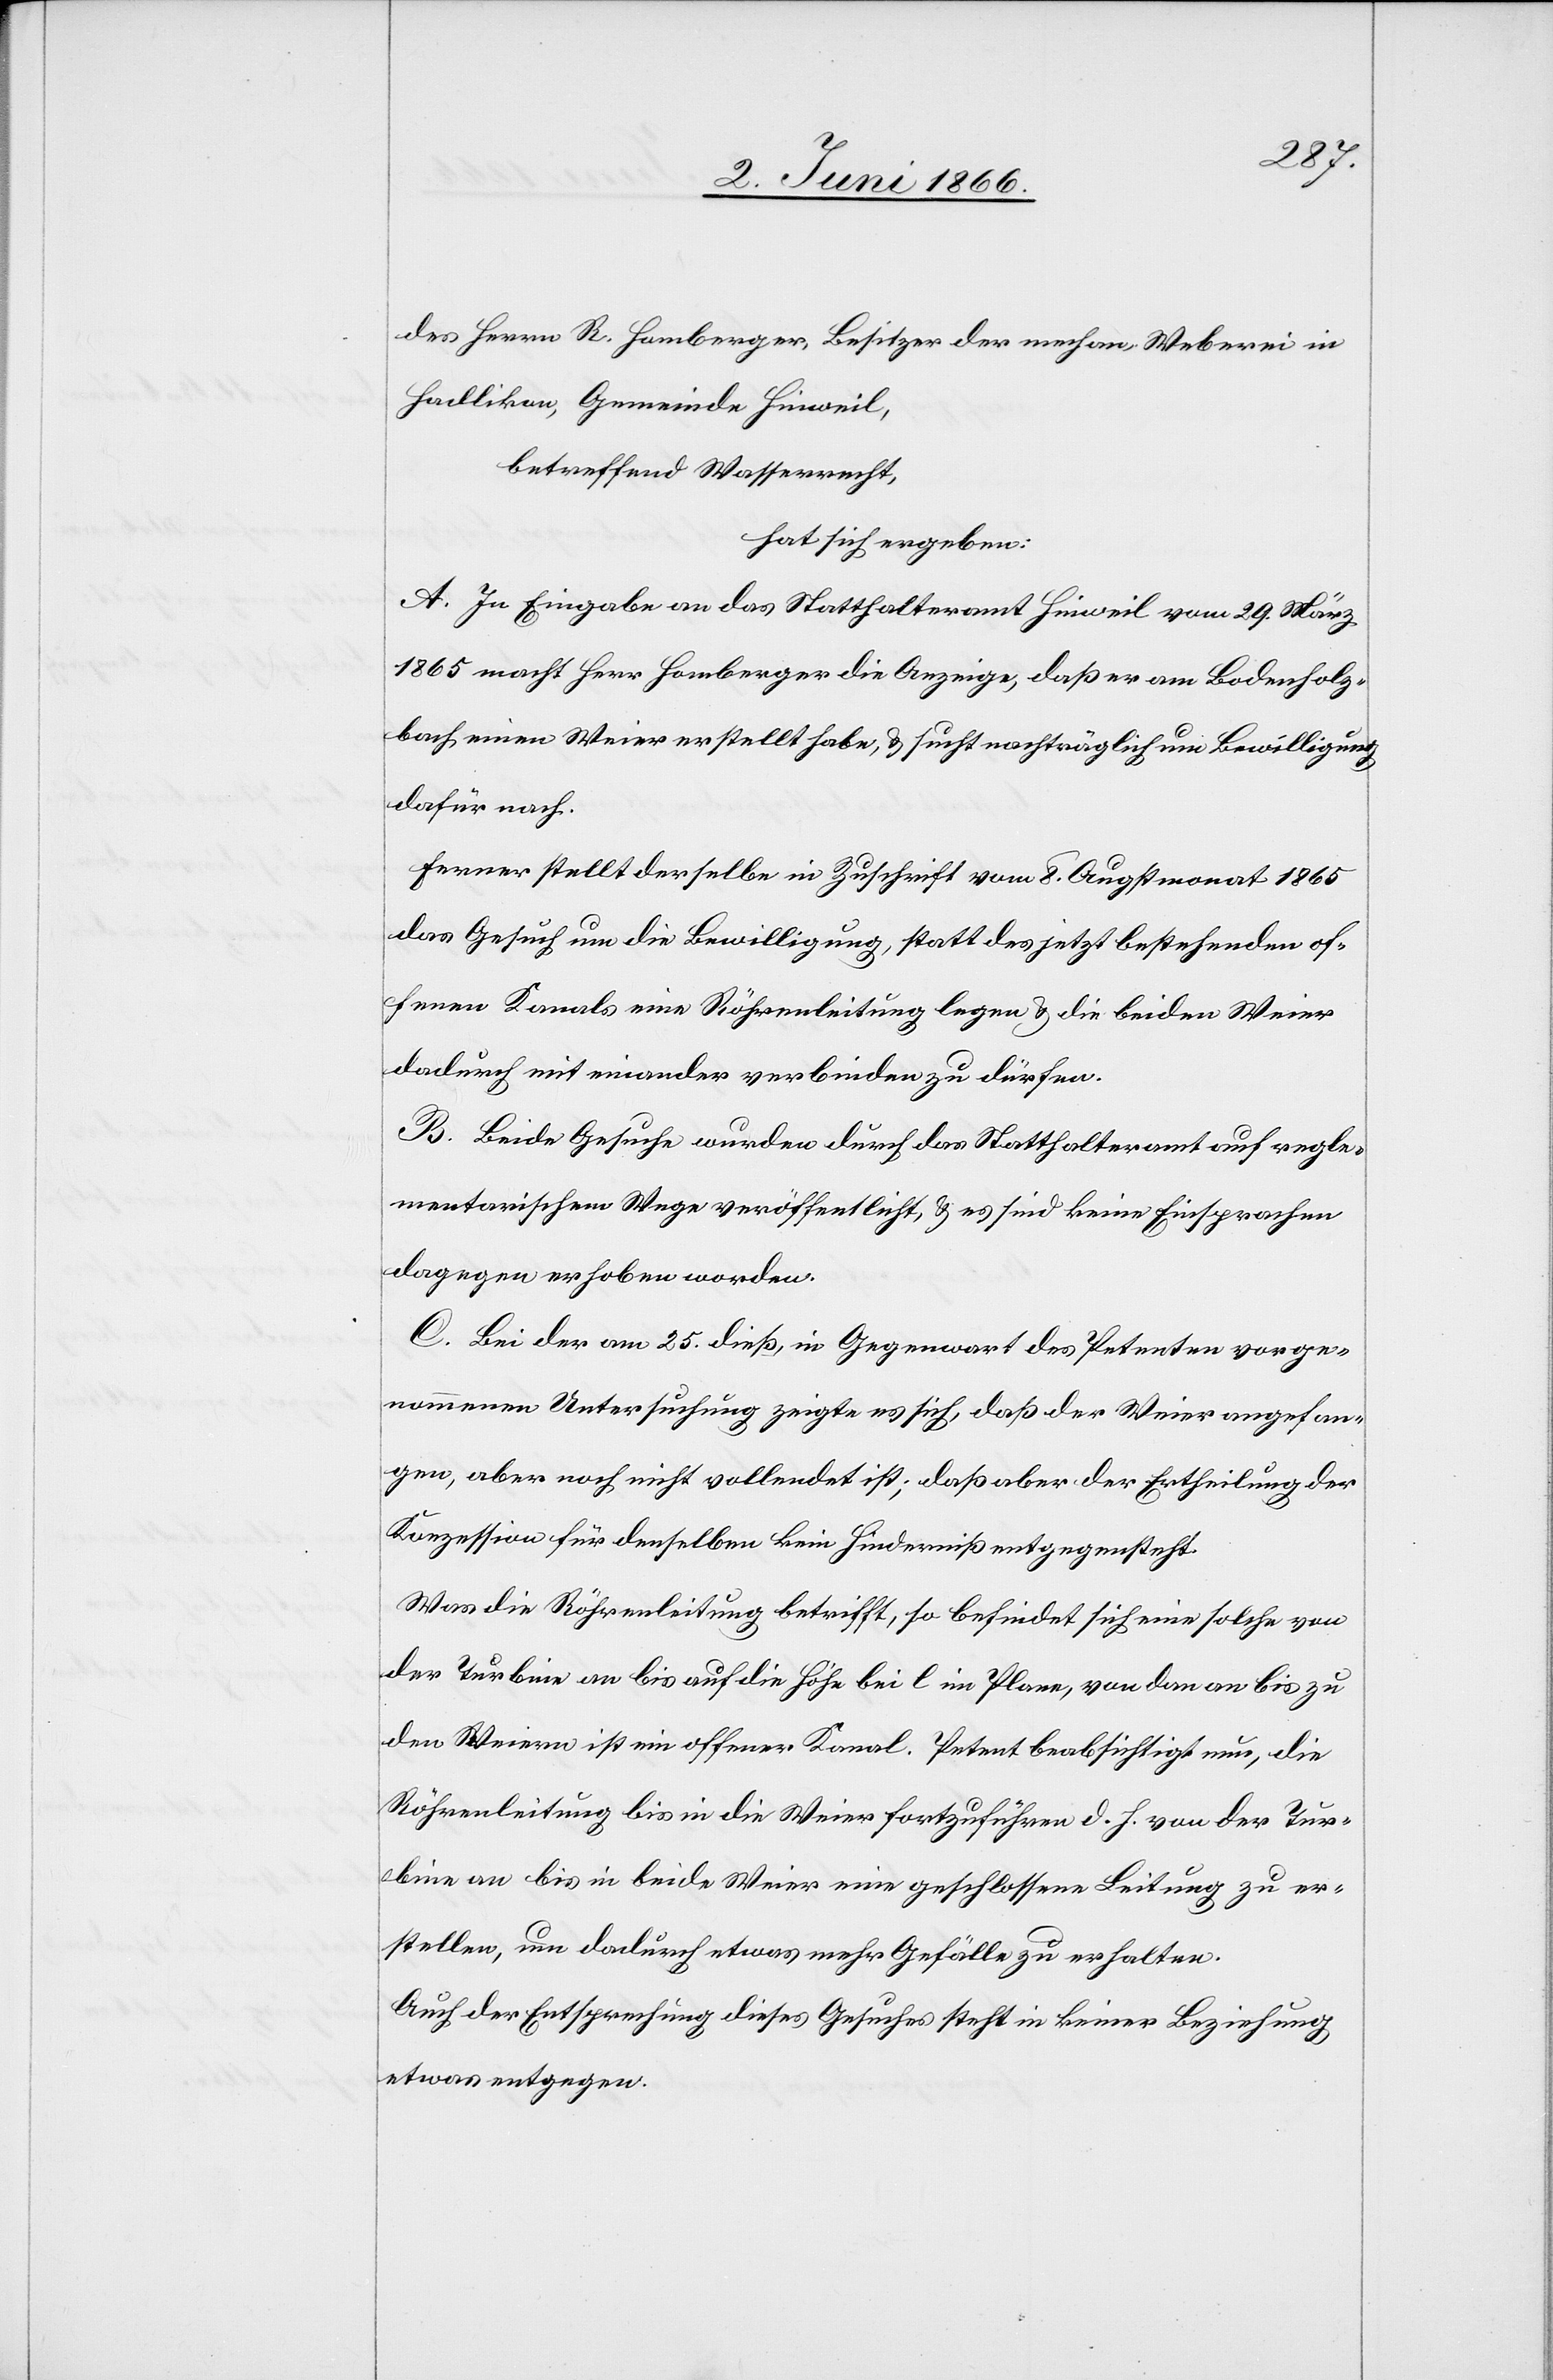
des Herren R. Homberger, Besitzer der mechan. Weberei in
Hadlikon, Gemeinde Hinweil,
betreffend Wasserrecht,
hat sich ergeben:
A. In Eingabe an das Statthalteramt Hinweil vom 29. März
1865 macht Herr Homberger die Anzeige, daß er am Bodenholz¬
bach einen Weier erstellt habe, u. sucht nachträglich um Bewilligung
dafür nach.
Ferner stellt derselbe in Zuschrift vom 8. Augstmonat 1865
das Gesuch um Bewilligung, statt des jetzt bestehenden of¬
fenen Kanals eine Röhrenleitung legen u. die beiden Weier
dadurch mit einander verbinden zu dürfen.
B. Beide Gesuche wurden durch das Statthalteramt auf regle¬
mentarischem Wege veröffentlich, u. es sind keine Einsprachen
dagegen erhoben worden.
C. Bei der am 25. dieß, in Gegenwart des Petenten vorge¬
nommenen Untersuchung zeigte es sich, daß der Weier angefan¬
gen, aber noch nicht vollendet ist; daß aber der Ertheilung der
Konzession für denselben kein Hinderniß entgegensteht.
Was die Röhrenleitung betrifft, so befindet sich eine solche von
der Turbine an bis auf die Höhe bei l im Plane, von da an bis zu
den Weiern ist ein offener Kanal. Petent beabsichtigt nun, die
Röhrenleitung bis in die Weier fortzuführen d. h. von der Tur¬
bine an bis in beide Weier eine geschlossene Leitung zu er¬
stellen, um dadurch etwas mehr Gefälle zu erhalten.
Auch der Entsprechung dieses Gesuches steht in keiner Beziehung
etwas entgegen.